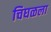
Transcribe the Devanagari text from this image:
चिघळला